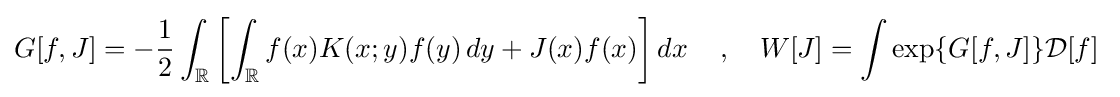
G[f,J]=-{\frac {1}{2}}\int _{\mathbb {R} }\left[\int _{\mathbb {R} }f(x)K(x;y)f(y)\,dy+J(x)f(x)\right]dx\,\quad ,\quad W[J]=\int \exp \lbrace G[f,J]\rbrace {\mathcal {D}}[f]\;